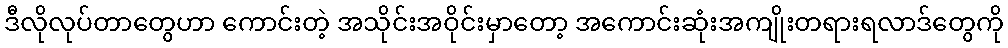
ဒီလိုလုပ်တာတွေဟာ ကောင်းတဲ့ အသိုင်းအဝိုင်းမှာတော့ အကောင်းဆုံးအကျိုးတရားရလာဒ်တွေကို